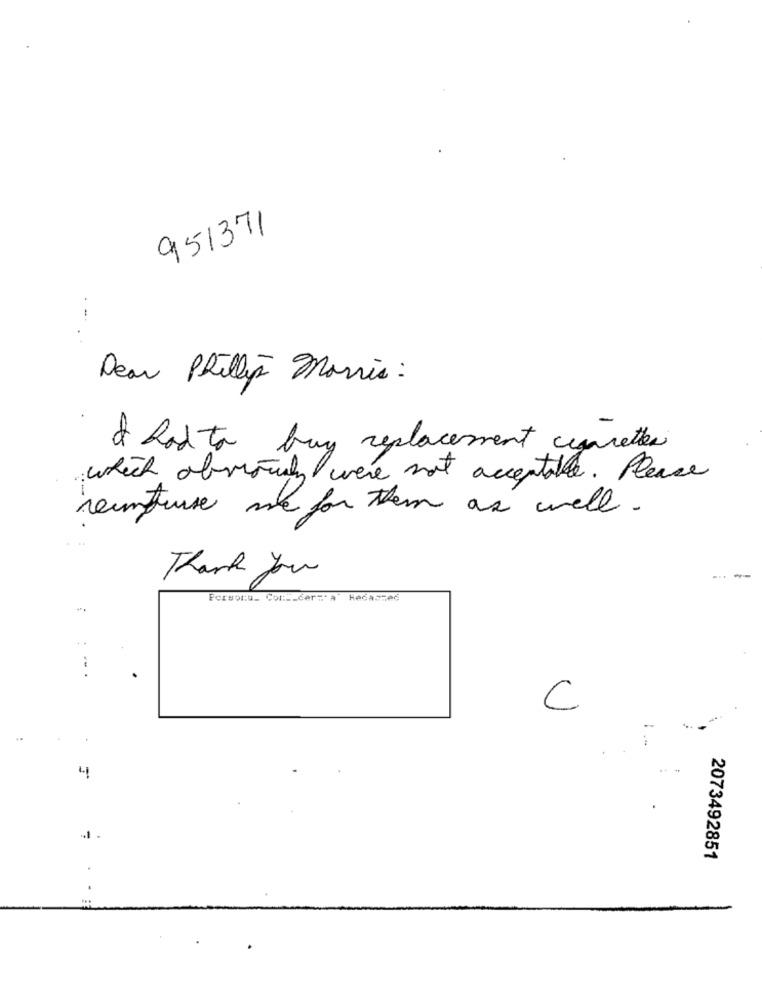
951371
Dear Phillip Morris :
& had to buy replacement cigarettes
which obviously were not acceptable. Please
rentuse me for them as well.
Thank you
Persona_ Cor :__ cer=" a
Hedaszeć
...
C
4
2073492851